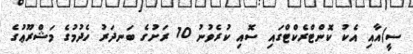
ސީ)އާއި އެކު ކޮންޓްރެކްޓްގައި ސޮއި ކުރެވުނު 10 ރަށުގެ ބަނދަރު ހެދުމުގެ މަޝްރޫޢުގެ